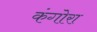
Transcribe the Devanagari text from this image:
कंगोरा